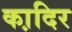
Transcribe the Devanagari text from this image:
का़दिर